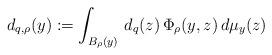
LaTeX: \begin{align*}d_{q,\rho}(y):=\int_{B_\rho(y)}\,d_q(z)\, \Phi_\rho(y,z)\,d\mu_y(z)\end{align*}